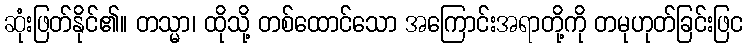
ဆုံးဖြတ်နိုင်၏။ တသ္မာ၊ ထိုသို့ တစ်ထောင်သော အကြောင်းအရာတို့ကို တမုဟုတ်ခြင်းဖြင